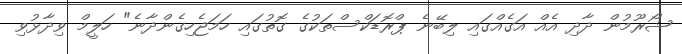
ޝޯރޫމުން ދާދި އެއް އަގެއްގައި ލިބޭނެ ޕްރޮޑަކްސްތަކުގެ ގޮތުގައި ހަމަޖެހިގެންދާނެ" ހަލީމް ވިދާޅުވި